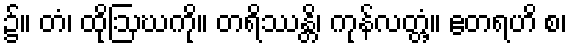
၌။ တံ၊ ထိုဩဃကို။ တရိဿန္တိ၊ ကုန်လတ္တံ့။ ဧတရဟိ စ၊